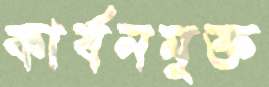
কার্বনমুক্ত